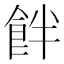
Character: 䬳